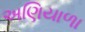
અણિયાળા